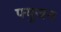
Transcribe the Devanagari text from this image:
फ्युजन